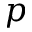
p